Report of the Bombay Veterinary College
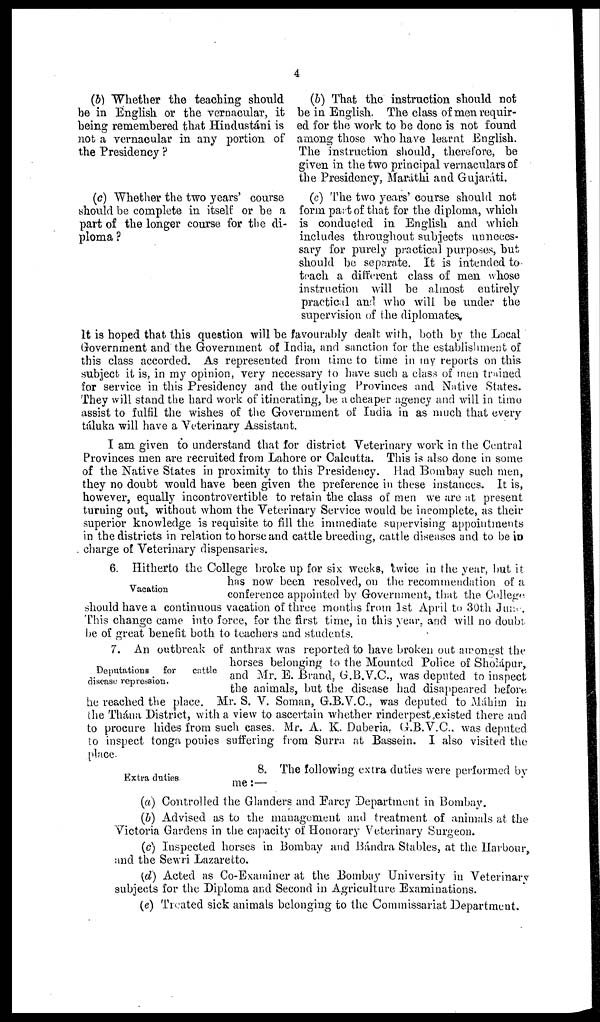
4
(b) Whether the teaching should
be in English or the vernacular, it
being remembered that Hindustáni is
not a vernacular in any portion of
the Presidency ?
(c) Whether the two years' course
should be complete in itself or be a
part of the longer course for the di-
ploma ?
(b) That the instruction should not
be in English. The class of men requir-
ed for the work to be done is not found
among those who have learnt English.
The instruction should, therefore, be
given in the two principal vernaculars of
the Presidency, Maráthi and Gujaráti.
(c) The two years' course should not
form part of that for the diploma, which
is conducted in English and which
includes throughout subjects unneces-
sary for purely practical purposes, but
should be separate. It is intended to
teach a different class of men whose
instruction will be almost entirely
practical and who will be under the
supervision of the diplomates.
It is hoped that this question will be favourably dealt with, both by the Local
Government and the Government of India, and sanction for the establishment of
this class accorded. As represented from time to time in my reports on this
subject it is, in my opinion, very necessary to have such a class of men trained
for service in this Presidency and the outlying Provinces and Native States.
They will stand the hard work of itinerating, be a cheaper agency and will in time
assist to fulfil the wishes of the Government of India in as much that every
táluka will have a Veterinary Assistant.
I am given to understand that for district Veterinary work in the Central
Provinces men are recruited from Lahore or Calcutta. This is also done in some
of the Native States in proximity to this Presidency. Had Bombay such men,
they no doubt would have been given the preference in these instances. It is,
however, equally incontrovertible to retain the class of men we are at present
turning out, without whom the Veterinary Service would be incomplete, as their
superior knowledge is requisite to fill the immediate supervising appointments
in the districts in relation to horse and cattle breeding, cattle diseases and to be in
charge of Veterinary dispensaries.
Vacation
6. Hitherto the College broke up for six weeks, twice in the year, but it
has now been resolved, on the recommendation of a
conference appointed by Government, that the College
should have a continuous vacation of three months from 1st April to 30th June.
This change came into force, for the first time, in this year, and will no doubt
be of great benefit both to teachers and students.
Deputations for
cattle
disease repression.
7. An outbreak of anthrax was reported to have broken out amongst the
horses belonging to the Mounted Police of Sholápur,
and Mr. E. Brand, G.B.V.C., was deputed to inspect
the animals, but the disease had disappeared before
he reached the place. Mr. S. V. Soman, G.B.V.C., was deputed to Máhim in
the Thána District, with a view to ascertain whether rinderpest existed there and
to procure hides from such cases. Mr. A. K. Duberia, G.B.V.C., was deputed
to inspect tonga ponies suffering from Surra at Bassein. I also visited the
place.
8. The following extra duties were performed by
me:—
(a) Controlled the Glanders and Farcy Department in Bombay.
(b) Advised as to the management and treatment of animals at the
Victoria Gardens in the capacity of Honorary Veterinary Surgeon.
(c) Inspected horses in Bombay and Bándra Stables, at the Harbour
and the Sewri Lazaretto.
(d) Acted as Co-Examiner at the Bombay University in Veterinary
subjects for the Diploma and Second in Agriculture Examinations.
(e) Treated sick animals belonging to the Commissariat Department.